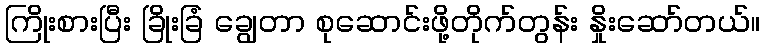
ကြိုးစားပြီး ခြိုးခြံ ချွေတာ စုဆောင်းဖို့တိုက်တွန်း နှိုးဆော်တယ်။